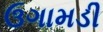
ઉગામડી